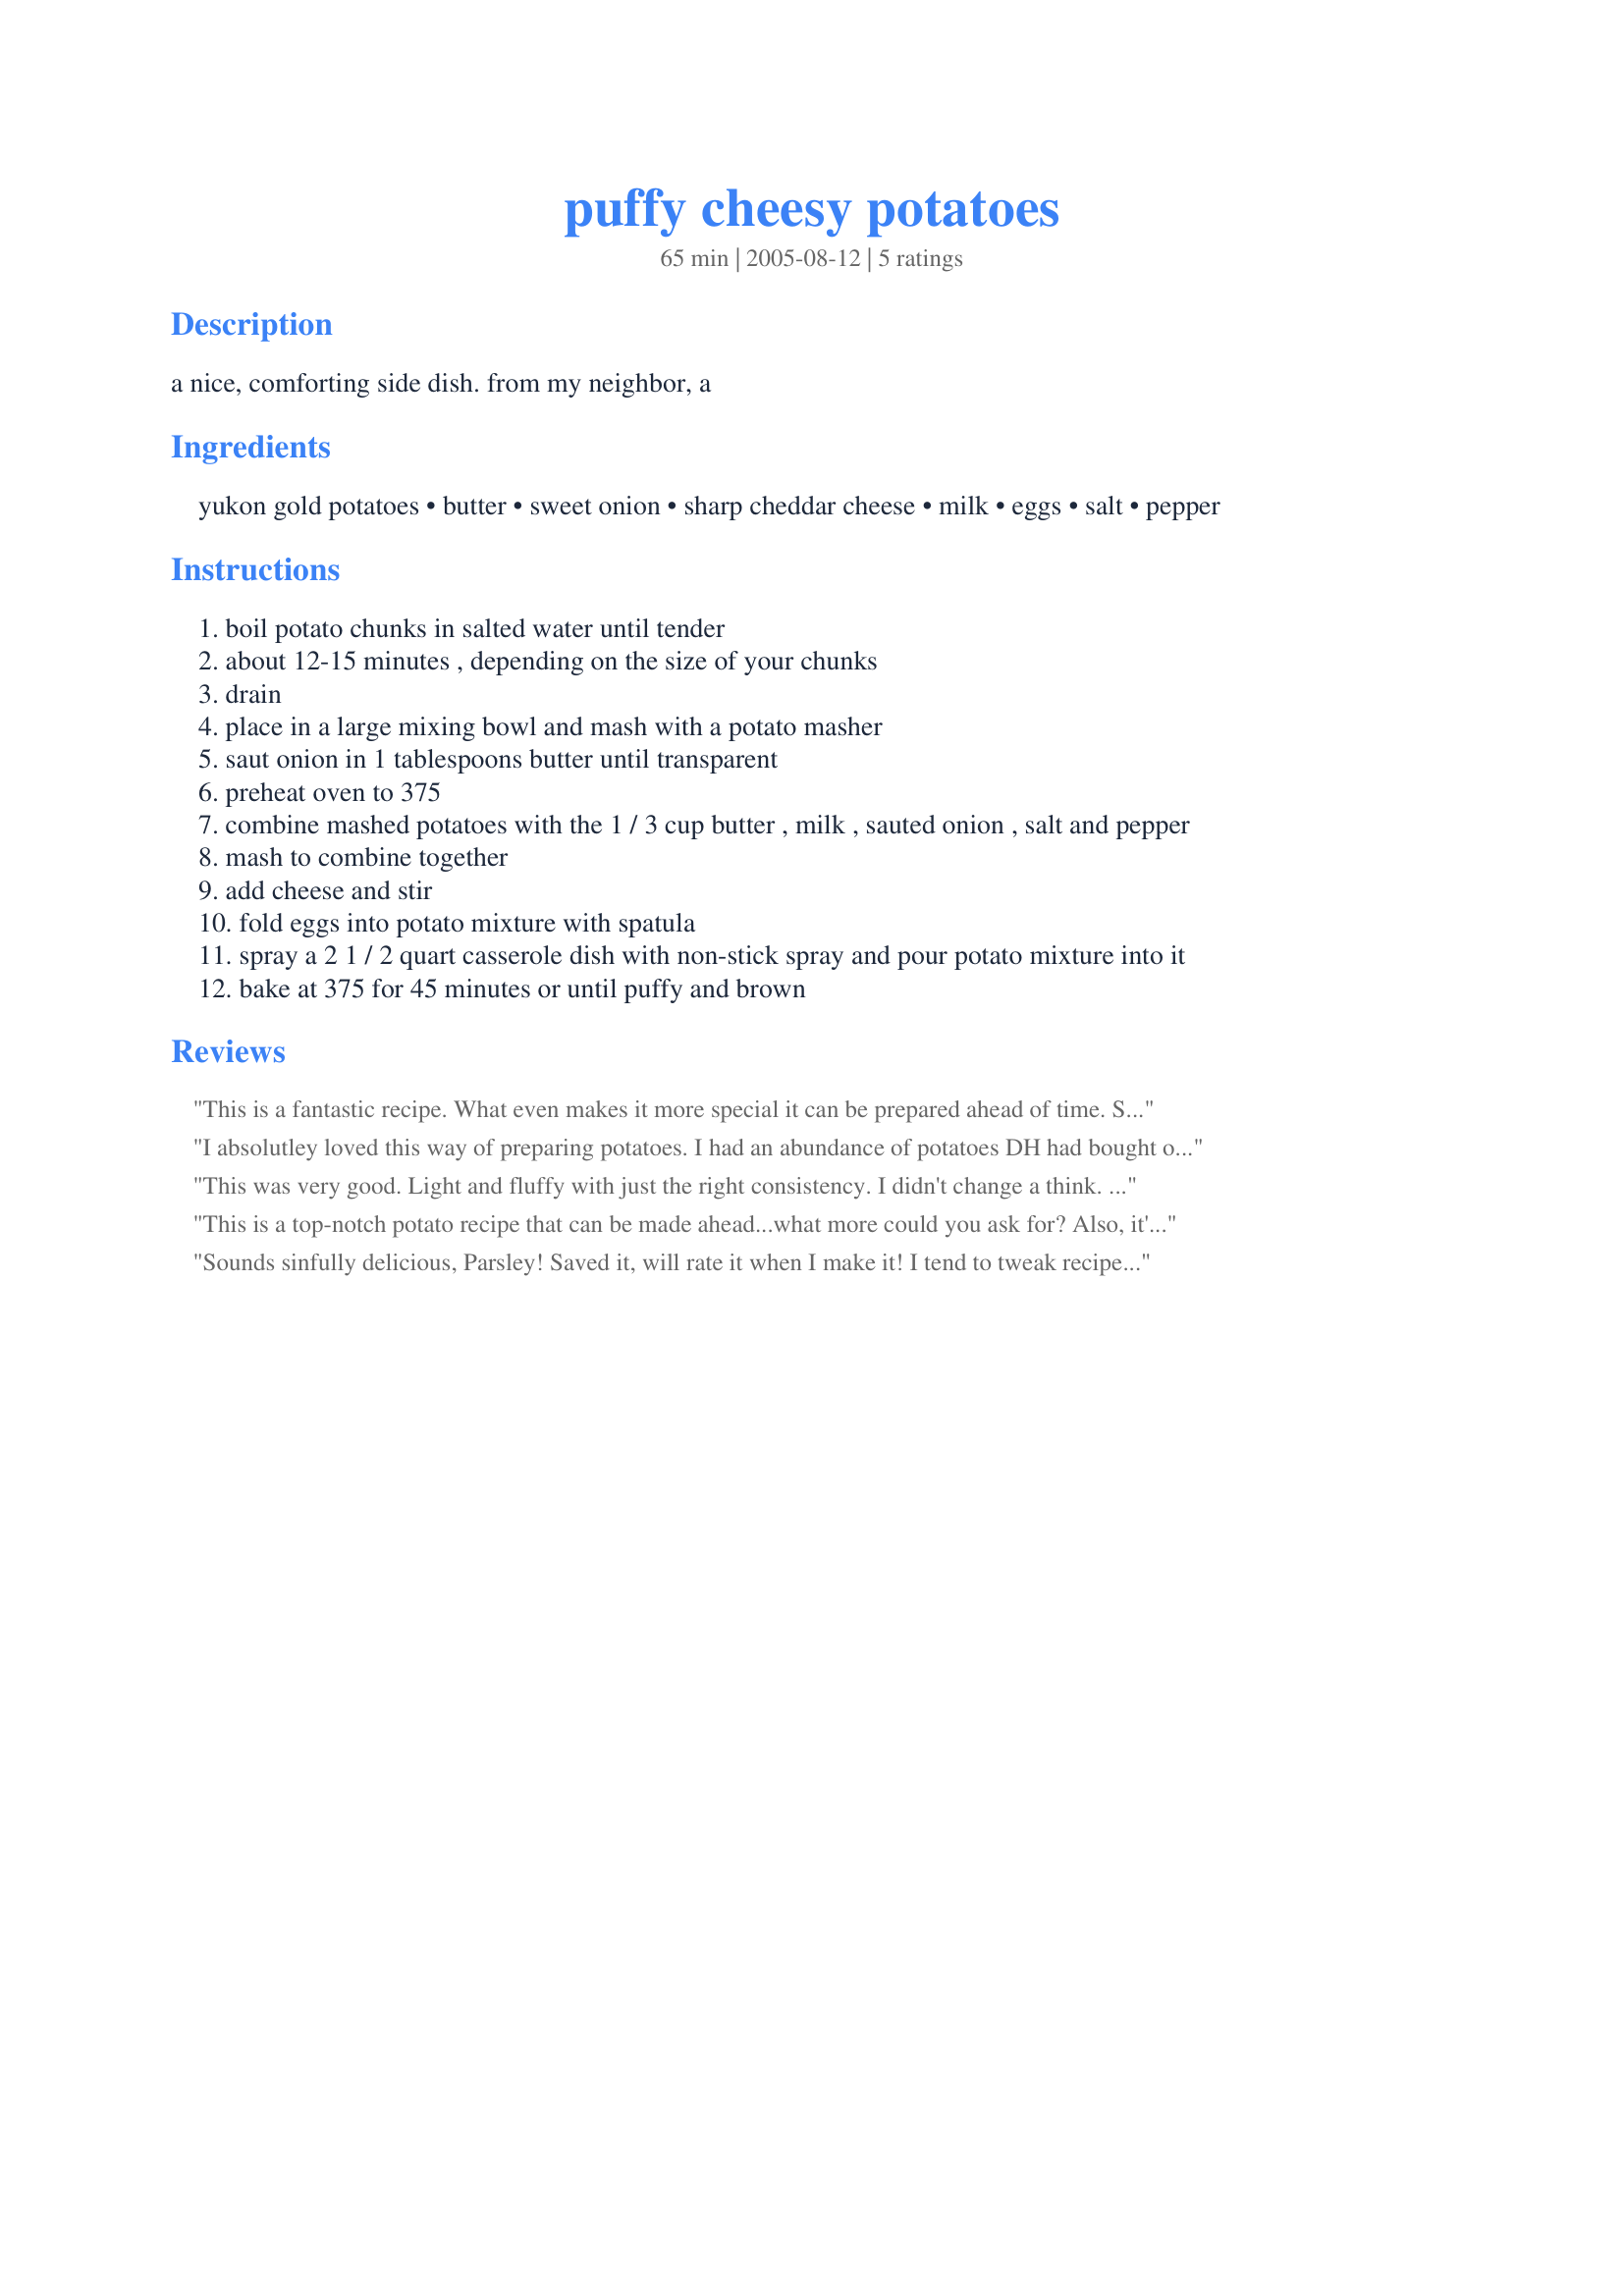
puffy cheesy potatoes
Preparation time: 65 minutes

a nice, comforting side dish. from my neighbor, a

Ingredients:
yukon gold potatoes, butter, sweet onion, sharp cheddar cheese, milk, eggs, salt, pepper

Steps:
boil potato chunks in salted water until tender
about 12-15 minutes , depending on the size of your chunks
drain
place in a large mixing bowl and mash with a potato masher
saut onion in 1 tablespoons butter until transparent
preheat oven to 375
combine mashed potatoes with the 1 / 3 cup butter , milk , sauted onion , salt and pepper
mash to combine together
add cheese and stir
fold eggs into potato mixture with spatula
spray a 2 1 / 2 quart casserole dish with non-stick spray and pour potato mixture into it
bake at 375 for 45 minutes or until puffy and brown

Reviews:
This is a fantastic recipe. What even makes it more special it can be prepared ahead of time. Served it with a nice roast and sauted vegetables.
I absolutley loved this way of preparing potatoes. I had an abundance of potatoes DH had bought on special! They weren't yukon gold potatoes, just the everyday potatoe (dont even know which ones) but they turned out just fine and the family loved them. I even had some left over which I reheated and ate the next day and they were just as nice. I will be making these again, this recipe is just the thing for a cold winters night!! Thanks Parsley great recipe.
This was very good. Light and fluffy with just the right consistency. I didn't change a think. Thanks
This is a top-notch potato recipe that can be made ahead...what more could you ask for? Also, it's a recipe everyone will love, no matter what their tastes. I'll be making a big batch of these tomorrow to freeze as individual servings. This has been sitting in my "want to try file" forever...It's now in my "family favorites" hard copy cookbook. Thank you Parsley, we love these.
Sounds sinfully delicious, Parsley! Saved it, will rate it when I make it! I tend to tweak recipes and I feel it's more fair to make it and then rate it. (Pity we don't get Yukon Gold potatoes in South Africa!)
